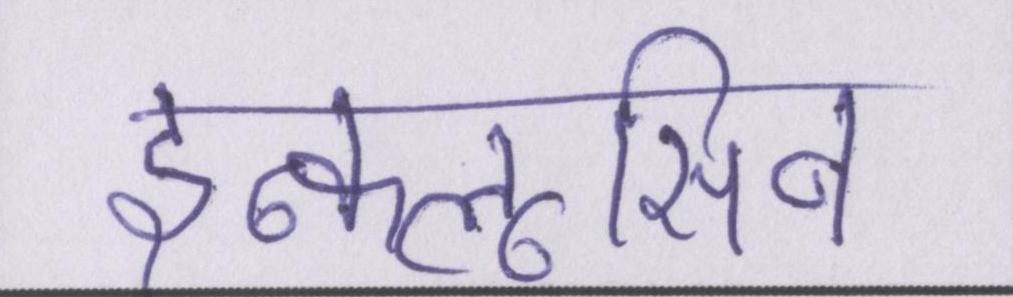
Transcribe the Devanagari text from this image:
इन्क्लूसिव